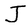
Character: J